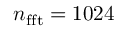
n _ { \mathrm { { f f t } } } = 1 0 2 4